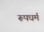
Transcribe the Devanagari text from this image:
रूपधर्म